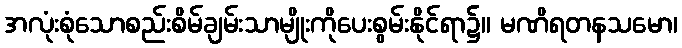
အလုံးစုံသောစည်းစိမ်ချမ်းသာမျိုးကိုပေးစွမ်းနိုင်ရာ၌။ မဏိရတနသမော၊